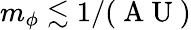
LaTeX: m_{\phi}\lesssim 1/(\mathrm{~A~U~})